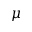
\mu